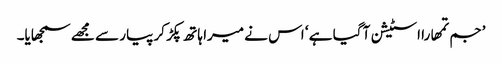
’جم تمھارا اسٹیشن آ گیا ہے ‘ اس نے میرا ہاتھ پکڑ کر پیار سے مجھے سمجھایا۔